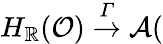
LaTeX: H_{\mathbb{R}}(\mathcal{{O}})\stackrel{\mathcal{{\Gamma}}}{\rightarrow}\mathcal{{A}}(